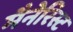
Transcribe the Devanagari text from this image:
मैनेरिस्ट